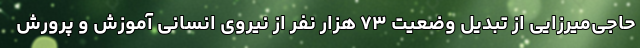
حاجی‌میرزایی از تبدیل وضعیت ۷۳ هزار نفر از نیروی انسانی آموزش و پرورش